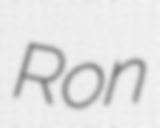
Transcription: Ron